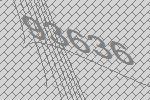
93636